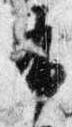
布